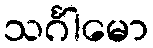
သင်္ဂါမော